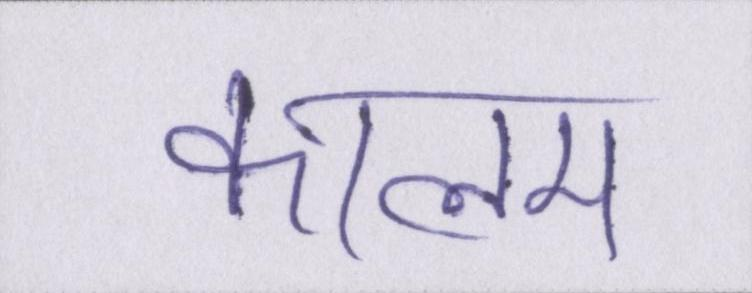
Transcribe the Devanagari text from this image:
कालम